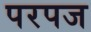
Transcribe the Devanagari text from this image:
परपज